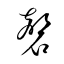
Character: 磬